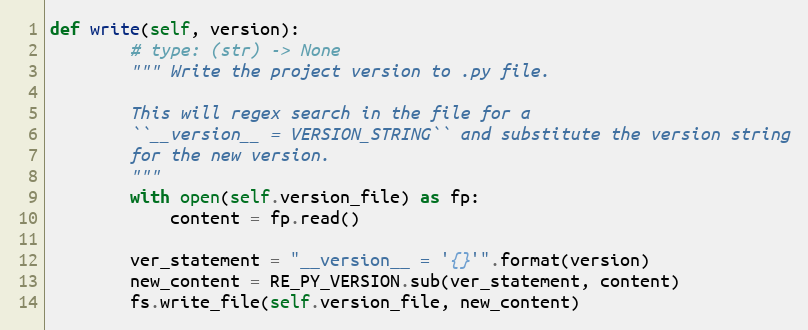
Language: Python
def write(self, version):
        # type: (str) -> None
        """ Write the project version to .py file.

        This will regex search in the file for a
        ``__version__ = VERSION_STRING`` and substitute the version string
        for the new version.
        """
        with open(self.version_file) as fp:
            content = fp.read()

        ver_statement = "__version__ = '{}'".format(version)
        new_content = RE_PY_VERSION.sub(ver_statement, content)
        fs.write_file(self.version_file, new_content)